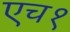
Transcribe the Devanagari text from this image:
एच१